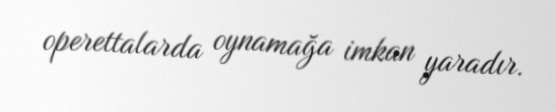
operettalarda oynamağa imkan yaradır.